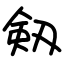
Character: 剱